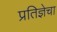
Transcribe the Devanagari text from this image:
प्रतिज्ञेचा